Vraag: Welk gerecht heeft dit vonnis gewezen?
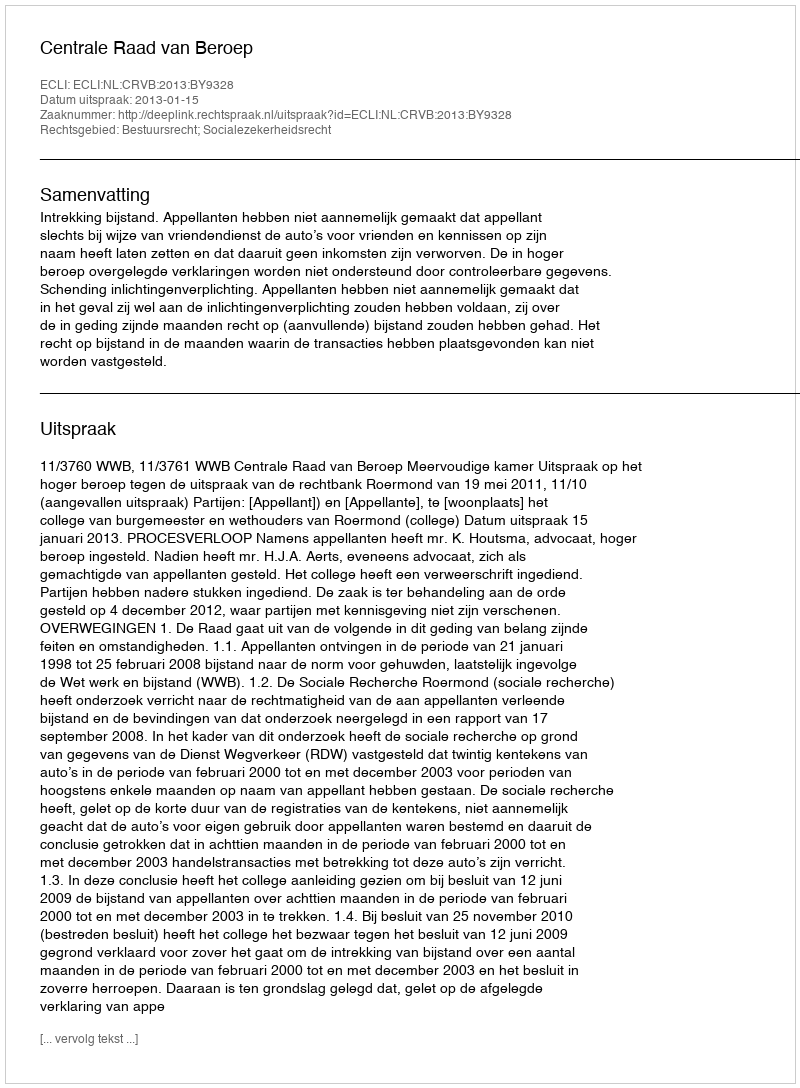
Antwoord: Centrale Raad van Beroep